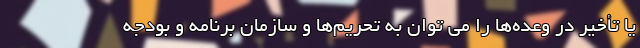
یا تأخیر در وعده‌ها را می توان به تحریم‌ها و سازمان برنامه و بودجه